Trukikaitis_Postimees, lk 75
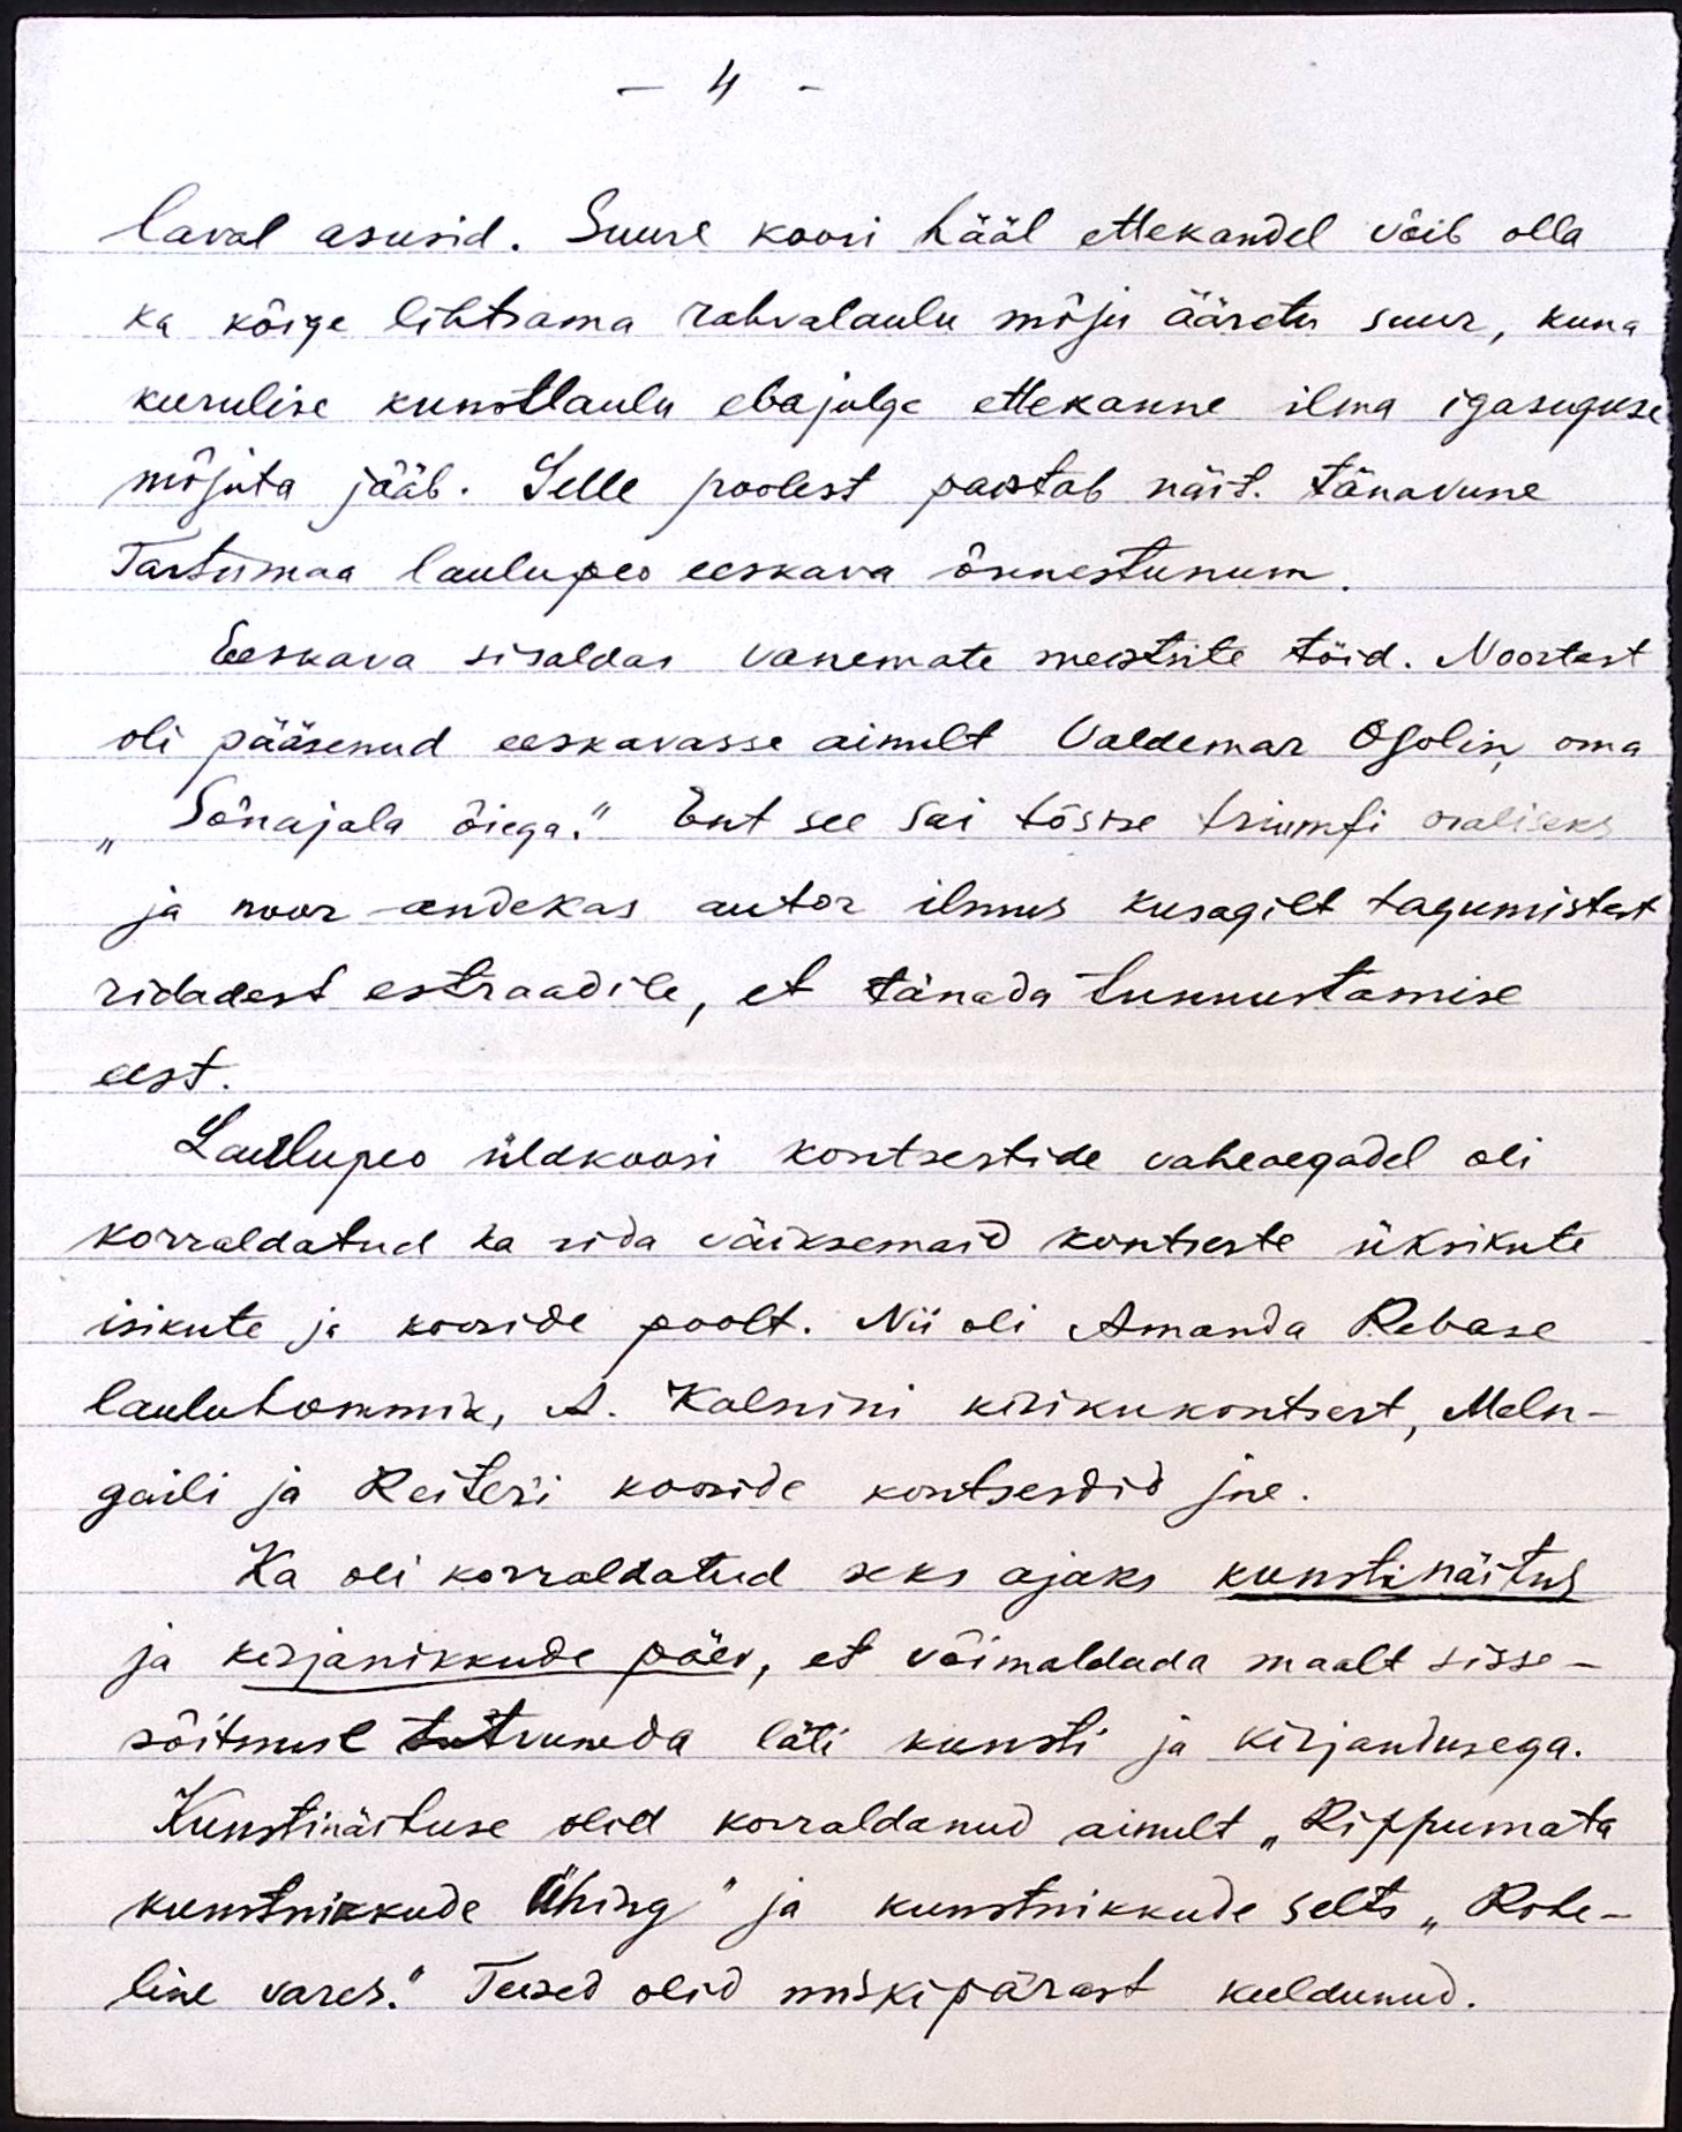
- 4 -
laval asusid. Suure koori hääl ettekandel võib olla
ka kõige lihtsama rahvalaulu mõju ääretu suur, kuna
keerulise kunstlaulu ebajulge ettekanne ilma igasuguse
mõjuta jääb. Selle poolest paistab näit. tänavune
Tartumaa laulupeo eeskava õnnestunum.
Eeskava sisaldas vanemate meistrite töid. Noortest
oli pääsenud eeskavasse ainult Valdemar Osolin oma
"Sõnajala õiega." Ent see sai tõsise triumfi osaliseks
ja noor andekas autor ilmus kusagilt tagumistest
ridadest estraadile, et tänada tunnustamise
eest.
Laulupeo üldkoori kontsertide vaheaegadel oli
korraldatud ka rida väiksemaid kontserte üksikute
isikute ja kooride poolt. Nii oli Amanda Rebase
lauluhommik, A. Kalnini kirikukontsert, Meln-
gaili ja Reiteri kooride kontserdid jne.
Ka oli korraldatud seks ajaks kunstinäitus
ja kirjanikkude päev, et võimaldada maalt sisse-
sõitmise tutvuneda läti kunsti ja kirjandusega.
Kunstinäituse olid korraldanud ainult "Rippumata
kunstnikkude Ühing" ja kunstnikkude selts "Rohe-
line vares." Teised olid miskipärast keeldunud.